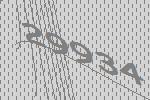
29934